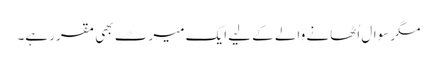
مگر سوال اُٹھانے والے کے لیے ایک میرٹ بھی مقرر ہے۔